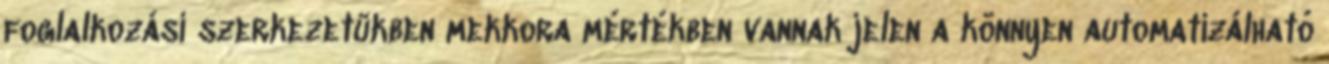
foglalkozási szerkezetükben mekkora mértékben vannak jelen a könnyen automatizálható